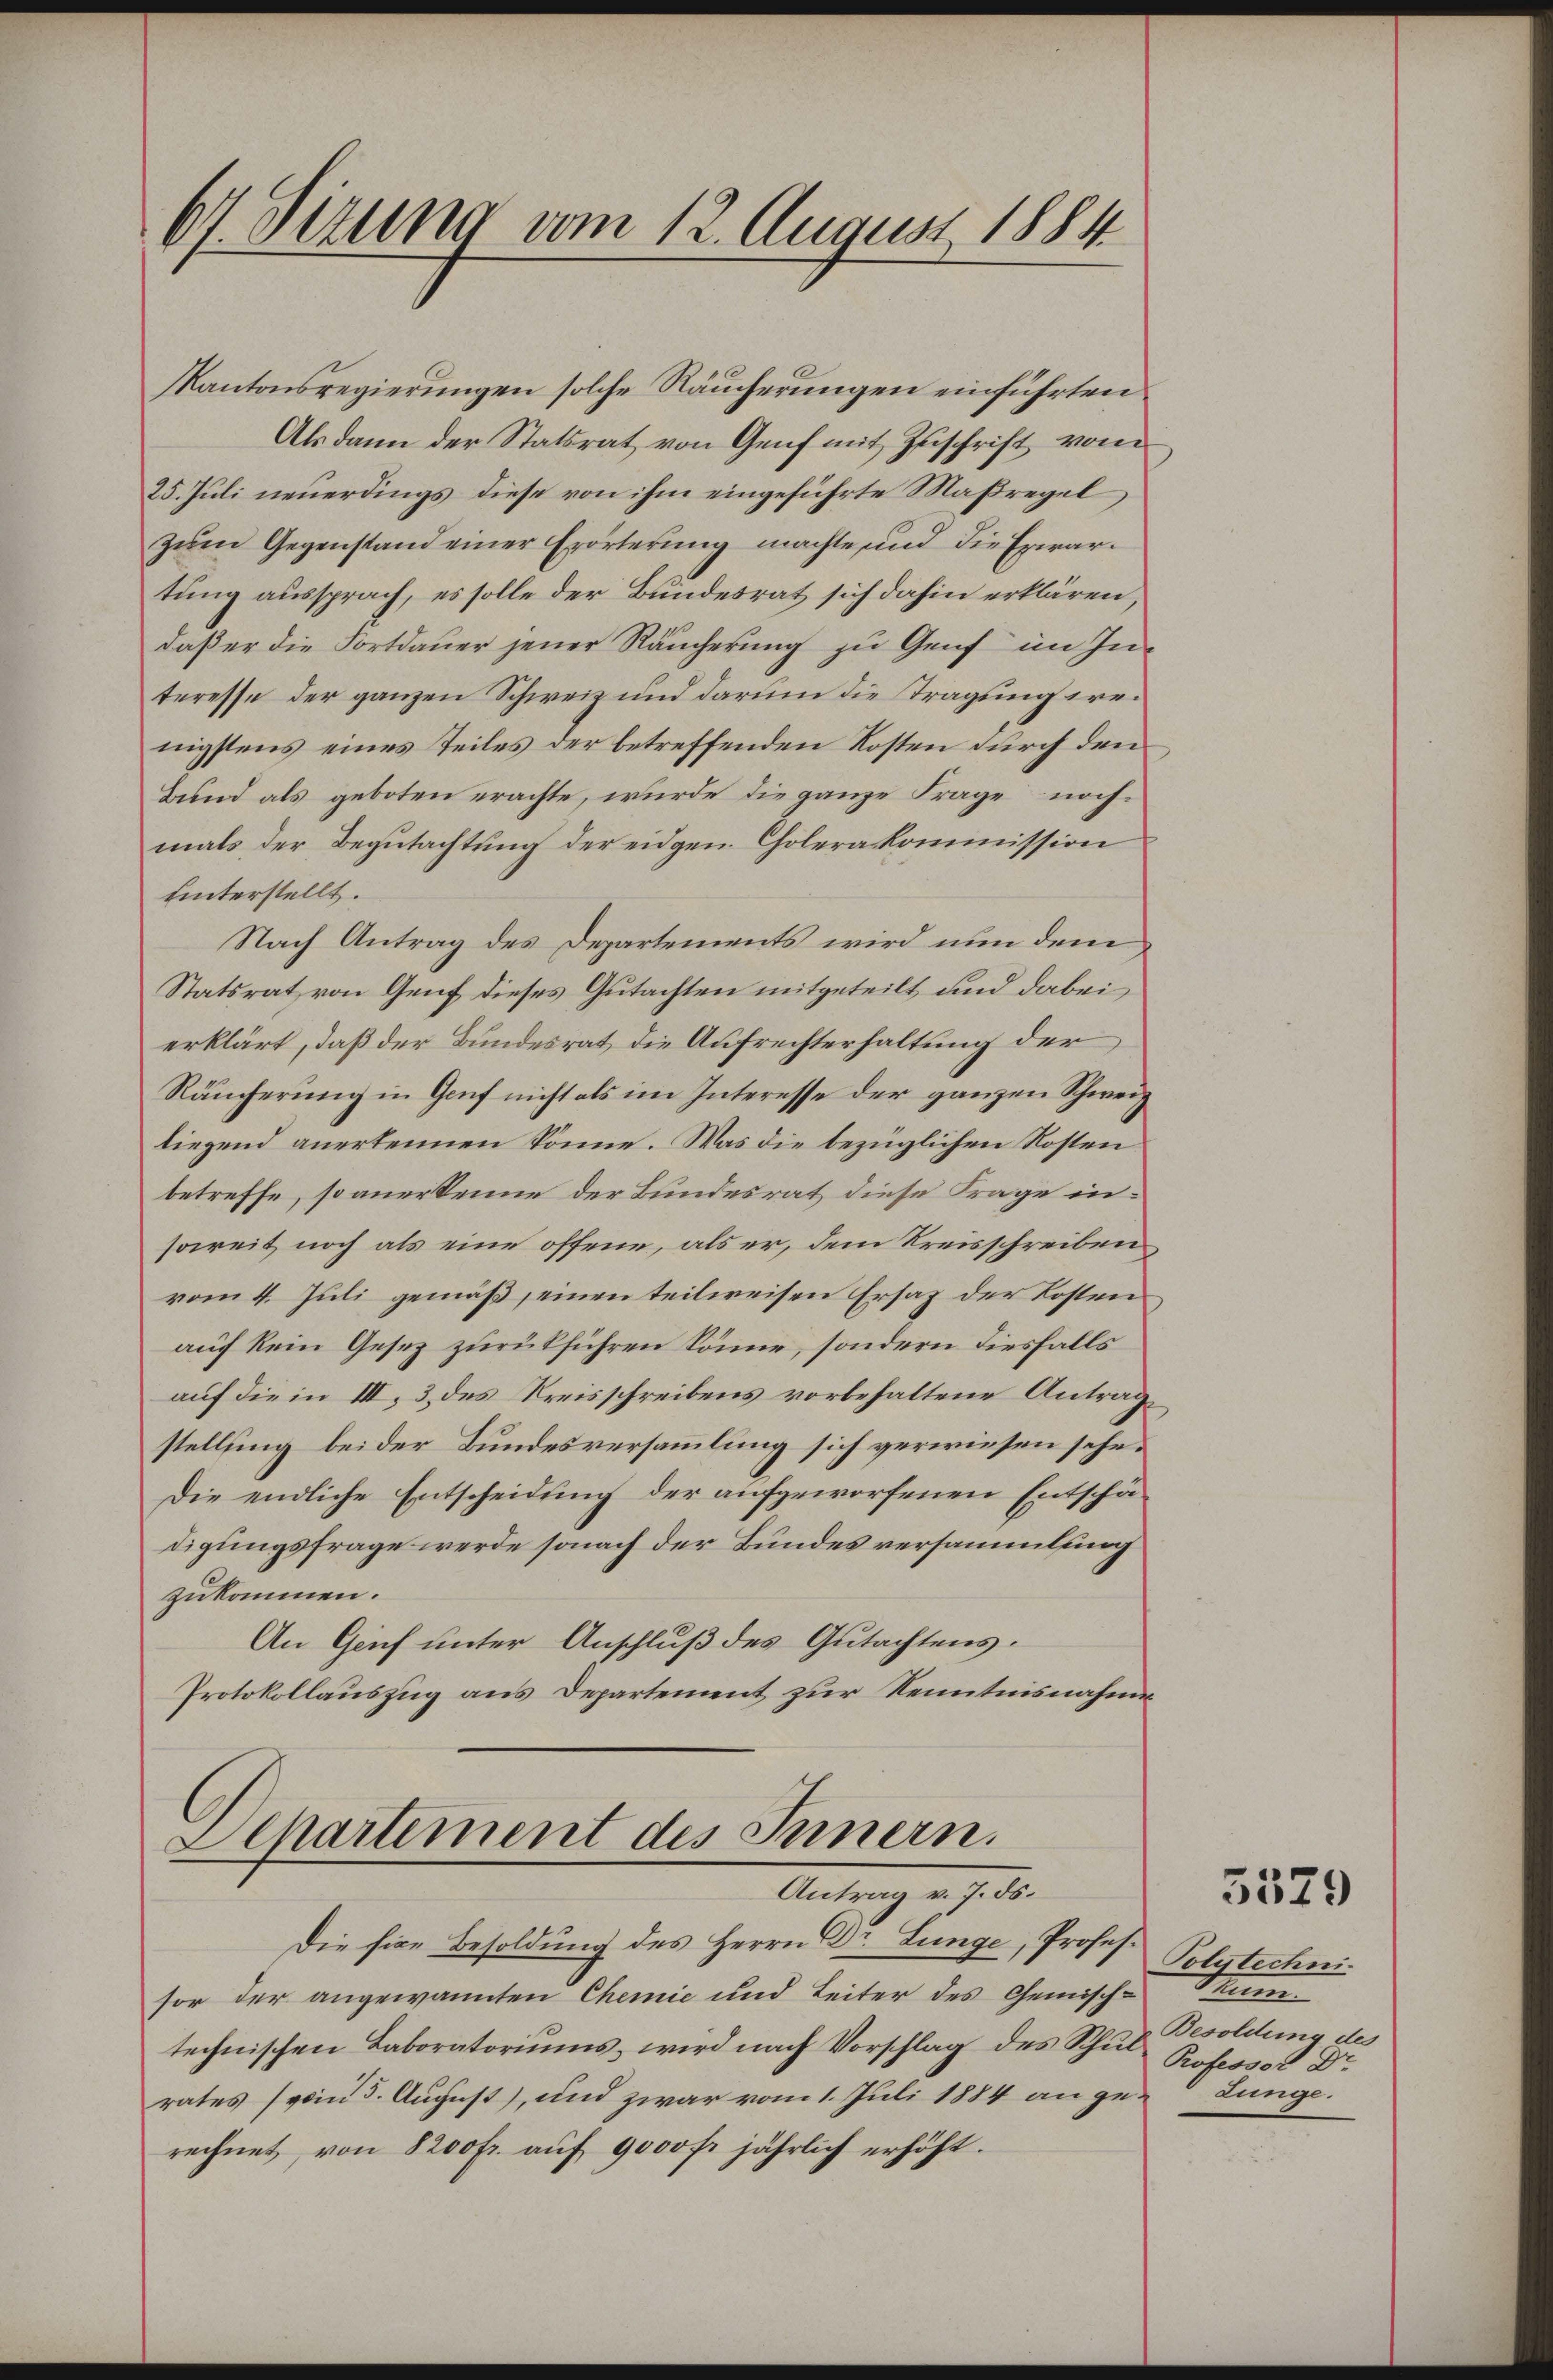
67. Dezung vom 12. August 1884

Kantonsregierungen solche Räucherungen einführten
Als dann der Statsrat von Genf mit Zuschrift vom
25. Juli neuerdings diese von ihm eingeführte Maßregel
zum Gegenstand einer Erörterung machte und die Erwartung aussprach, es solle der Bundesrat sich dahin erklären,
daß er die Fortdauer jener Räucherung zu Genf im Interesse der ganzen Schweiz und darum die Tragung wenigstens eines Teiles der betreffenden Kosten durch den
Bund als geboten erachte, wurde die ganze Frage nochmals der Begutachtung der eidgen. Cholerakommission
hinterstellt.
Nach Antrag des Departements wird nun dem
Statsrat von Genf dieses Gutachten mitgeteilt und dabei
erklärt, daß der Bundesrat die Aufrechterhaltung der
Räucherung in Genf nicht als im Interesse der ganzen Schweiz
liegend anerkennen könne. Was die bezüglichen Kosten
betreffe, so anerkenne der Bundesrat diese Frage insoweit noch als eine offene, als er, dem Kreisschreiben
vom 4. Juli gemäß, einen teilweisen Ersaz der Kostenauf kein Gesez zurückführen könne, sondern diesfalls
auf die in III, 3 des Kreisschreibens vorbehaltene Antrag
stellung bei der Bundesversammlung sich verwiesen sehe.
Die endliche Entscheidung der aufgeworfenen Entschädigungsfrage werde sonach der Bundesversammlung
zukommen.
An Genf unter Anschluß des Gutachtens.
Protokollauszug aus Departement zur Kenntnisnahme

Departement des Innern.
Antrag v. J. ds.
Die fixe Besoldung des Herrn Dr. Lunge, Profes¬

sor der angewannten Chemie und Leiter des Gemischtechnischen Laboratoriums, wird nach Vorschlag des Schul Besoldung des
rates (vom 5. August), und zwar vom 1. Juli 1884 ange-Lunge
rechnet, von 8200 fr. auf 9000 fr jährlich erhöht.

3379

Polytechni¬
Mum
Professor Dr.